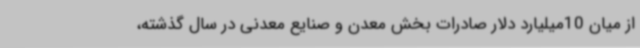
از میان 10میلیارد دلار صادرات بخش معدن و صنایع معدنی در سال گذشته،